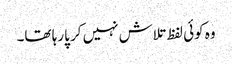
وہ کوئی لفظ تلاش نہیں کر پارہا تھا۔